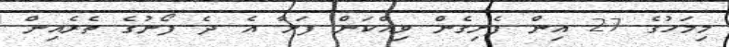
މިމަހުގެ 27 އިން ފެށިގެން ވިއްކަން ފަށާ އެ ދެ ފޯނުގެ ތެރެއިން